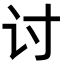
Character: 讨